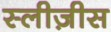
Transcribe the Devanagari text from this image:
स्लीज़ीस